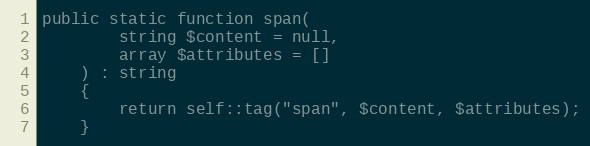
Language: PHP
public static function span(
        string $content = null,
        array $attributes = []
    ) : string
    {
        return self::tag("span", $content, $attributes);
    }